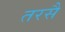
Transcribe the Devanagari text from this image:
तरसै